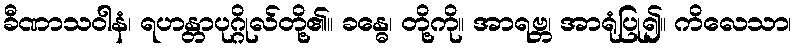
ခီဏာသဝါနံ၊ ရဟန္တာပုဂ္ဂိုလ်တို့၏။ ခန္ဓေ၊ တို့ကို။ အာရဗ္ဘ၊ အာရုံပြု၍။ ကိလေသာ၊